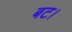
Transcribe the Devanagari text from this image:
बट।